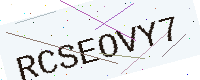
Text: RCSEOVY7